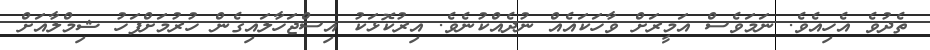
ތެދުވެ އެހިއެވެ. ނަމަވެސް އަމީރަށް ވާހަކައެއް ނުދެއްކުނެވެ. އިރުކޮޅަކު އިސްޖަހާލައިގެން ހުރުމަށްފަހު ޝިމްލާއަށް